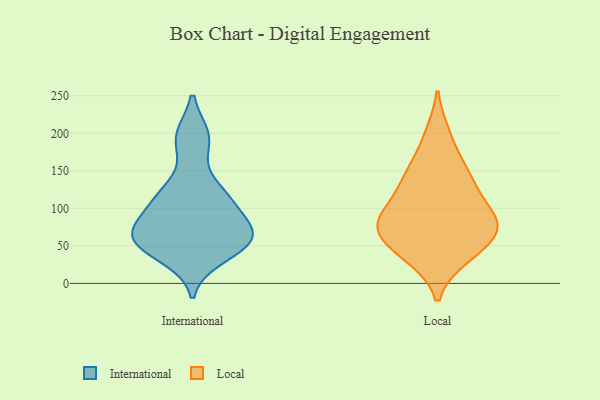
{"axis": {"x": "Revenue (USD Million)", "y": "Value"}, "legend": ["International", "Local"], "data": [{"x": "", "y": 61, "type": "International"}, {"x": "", "y": 36, "type": "International"}, {"x": "", "y": 93, "type": "International"}, {"x": "", "y": 195, "type": "International"}, {"x": "", "y": 118, "type": "International"}, {"x": "", "y": 59, "type": "International"}, {"x": "", "y": 62, "type": "International"}, {"x": "", "y": 61, "type": "International"}, {"x": "", "y": 111, "type": "International"}, {"x": "", "y": 192, "type": "International"}, {"x": "", "y": 123, "type": "International"}, {"x": "", "y": 52, "type": "International"}, {"x": "", "y": 72, "type": "International"}, {"x": "", "y": 75, "type": "Local"}, {"x": "", "y": 79, "type": "Local"}, {"x": "", "y": 199, "type": "Local"}, {"x": "", "y": 154, "type": "Local"}, {"x": "", "y": 90, "type": "Local"}, {"x": "", "y": 37, "type": "Local"}, {"x": "", "y": 71, "type": "Local"}, {"x": "", "y": 34, "type": "Local"}, {"x": "", "y": 56, "type": "Local"}, {"x": "", "y": 120, "type": "Local"}, {"x": "", "y": 82, "type": "Local"}, {"x": "", "y": 120, "type": "Local"}, {"x": "", "y": 150, "type": "Local"}]}